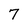
Character: 7